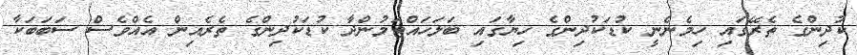
ކުދިންގެ ތެރޭގައި ހިމެނެނީ ކުޑަކުދިންގެ ހިޔާގައި ބަލަހައްޓަމުންދާ ކުޑަކުދިންގެ ތެރެއިން އެއްވެސް ސަބަބަކާ